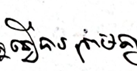
ធ្វើបានព្រមគ្នា